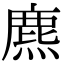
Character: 麃